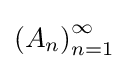
\left(A_{n}\right)_{n=1}^{\infty }